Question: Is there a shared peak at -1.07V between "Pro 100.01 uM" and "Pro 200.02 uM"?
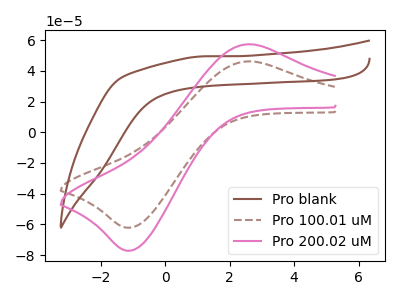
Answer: <think>The brown curve "Pro blank" has no peaks. The brown dashed curve "Pro 100.01 uM" has an anodic peak at (2.60V, 46.20uA) and a cathodic peak at (-1.05V, -62.15uA). The pink curve "Pro 200.02 uM" has an anodic peak at (2.60V, 57.35uA) and a cathodic peak at (-1.05V, -77.15uA).</think>
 <answer>Yes, "Pro 100.01 uM" and "Pro 200.02 uM" share a peak at -1.07V.</answer>
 <eval>match</eval>